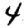
Digit: 4